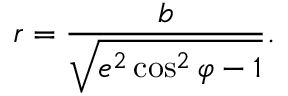
r = { \frac { b } { \sqrt { e ^ { 2 } \cos ^ { 2 } \varphi - 1 } } } .